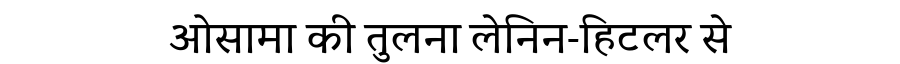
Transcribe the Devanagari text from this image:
ओसामा की तुलना लेनिन-हिटलर से